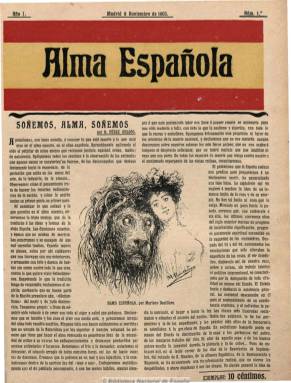
Título: Alma española (Madrid)
Colección: Cultura
Ámbito geográfico: Madrid
Lugar de publicación: Madrid
Fechas: 08/11/1903-30/04/1904

Para Gómez Aparicio (1974) es la revista que representa la “cumbre” o “quintaesencia” de la Generación del 98, que había tenido un antecedente poco antes en la europeísta revista Juventud (1901-1902) y que estará frente al bastión del antimodernismo representado por la fundada por Juan Valero de Tormos (1842-1905) con el título Gente vieja (1900-1904). En la fundación de Alma española intervendrá un “grupo de jóvenes escritores” que “ya habían tomado sus posiciones” y que en esta aventura periodística serán apadrinados por Benito Pérez Galdós (1843-1920), quien escribirá el artículo de presentación en su primera entrega, de ocho de noviembre de 1903, bajo el título “Soñemos, alma, soñemos”. Aparecerá sin indicar nombre de fundador o director, pero Patricia O’Riordan, en el prólogo a la edición facsímil de Alma española, editada en 1978 por Turner, señala que su primer director literario debió ser José Martínez Ruiz (1873-1963), que hasta 1905 no usará el seudónimo Azorín, acompañado, principalmente en esta tarea por Ramiro de Maeztu (1875-1936), Pío Baroja (1872-1956) y Luis Bonafoux (1855-1918), siendo el exdiputado Gabriel Ricardo España quien fuera su financiero y director administrativo, que también editará y dirigirá Revista política parlamentaria (1899-1918).

Si Paniagua (1964) ya había dicho que fue elaborada por unos escritores con unos propósitos claramente regeneracionistas y califica su publicación de “rebelde y liberal”, O’Riordan redunda al describirla con ese propósito regeneracionista, pero añadiendo que fue “una revista de lucha” y “clave para captar la ‘sensibilidad vital’ de la España radical y reformadora en un momento de aguda crisis política e intelectual”, envuelta en esa preocupación que fue típicamente noventayochista, como era el “problema de España”, convertido en el tema central de sus preocupaciones, tal como señalan Seoane y Sáiz (1996). Asimismo, Celma Valero (1991) destaca la “acusada orientación político-social” de sus contenidos. Siendo además una revista redactada por escritores, O’Riordan dirá que pretendió tener “la amenidad y actualidad de una revista ilustrada junto con la intención seria de una revista comprometida”, además de revelar “una orientación significativa que arroja luz sobre el estado inestable de las varias corrientes literarias de la época”.

Lo primero que resalta visualmente de la revista es su cabecera enmarcada en la bandera rojigualda española impresa a dos tintas y una ilustración a todo color de militares en su contraportada, desapareciendo este elemento a partir de su octava entrega, de 27 de diciembre de 1903, y la bicolor en su número 17, de seis de marzo de 1904. Editada en papel de calidad y con una cuidada presentación tipográfica, sus entregas semanales empezaron a ser de doce páginas, compuestas a dos y tres columnas, y junto a sus textos y como “revista ilustrada de tipo completamente original”, como indicará su subtítulo a partir del número 17, inserta fotograbados de actualidad y retratos, de reproducciones artísticas y de dibujos, y entre estos, caricaturas y viñetas humorísticas de carácter político. Sus páginas dan cabida a artículos de política nacional e internacional y de temas sociales y de economía, de literatura, arte, música o filosofía, a crónicas y reportajes, incluso de sucesos, a gacetillas y a alguna necrológica, a la crítica teatral, a una prolongada encuesta y a destacadas secciones, como una autobiográfica, o la dedicada al “alma” de las distintas regiones españolas. Ofrecerá poco espacio a la creación literaria o a la poesía, y bajo sus textos aparecerán los nombres de casi un centenar de escritores, “todos los de la Generación del 98, sin excepción, sus grandes y pequeñas figuras”, dirá Gómez Aparicio.

Entre sus primeros redactores fijos se encuentran los citados Bonafoux y Maeztu, autor este de crónicas políticas o reportajes como el dedicado a Bilbao, con fotografías de Marcoartu; y Martínez Ruiz, que publica artículos de crítica teatral, con dibujos de Sileno; así como Manuel Carretero, que será el autor de un reportaje social titulado Los niños abandonados, ilustrado con fotografías de actualidad de Company; y entre sus colaboradores, Manuel Bueno, Claudio Frollo o Emilio Bobadilla, que firma con el seudónimo Fray Candil, así como Joaquín Dicenta, autor de un reportaje sobre las Minas de Almadén, con fotografías del danés afincando en Madrid Christian Franzen y Nissen (1863-1923). Publicará reportajes, foto-reportajes y crónicas de la guerra ruso-japonesa. Rubén Darío da a luz en sus páginas a Cantos de vida y esperanza. También colaboran Miguel de Unamuno, Ramón María del Valle Inclán, C. Bernaldo de Quirós, Enrique de Mesa, Vicente Pereda, Miguel Sawa, Francisco Acebal o Luis Bello. La escasa poesía que inserta tendrá carácter burlesco, de autores como Juan Pérez Zúñiga, Carlos Luis de Cuenca o Luis de Tapia, pero asimismo aparecen algunos versos de Vicente Medina. Publica un texto de Friedrich Nietzsche y estudios críticos de otros autores extranjeros.

Una de sus principales secciones fue la dedicada a revelar el “alma” de las distintas regiones españoles. Juan Maragall escribirá sobre la catalana; Miguel de Unamuno, sobre la vascongada; Emilia Pardo Bazán, sobre la gallega; José M. Pereda, sobre la montañesa; Santiago Alba, sobre la castellana; Antonio Royo Villanueva, sobre la aragonesa; José Nogales, sobre la andaluza; Vicente Blasco Ibáñez, sobre la valenciana; Francisco Abascal, sobre la asturiana, o Vicente Medina, sobre la murciana. La serie autobiográfica bajo el epígrafe Juventud triunfante –con alguna variación y que Paniagua denomina como la más peculiar-, la inaugura el propio Martínez Ruiz y pasan por ella Valle Inclán, Maeztu, Jacinto Benavente, Alejandro Sawa, Arturo Reyes, José Francos Rodríguez o los hermanos Álvarez Quintero. A esta sección suma otra de Celebridades españolas, con semblanzas de personalidades españolas (escritores, artistas, intelectuales o científicos), con retratos del estudio fotográfico de Franzen.

En la encuesta que comienza a publicar a partir de su segunda entrega, teniendo como eje central las causas del “desastre” del 98 y el “porvenir” de España, intervendrán políticos como Francisco Silvela, Eduardo Dato, Nicolás Salmerón, Álvaro Figueroa (conde de Romanones) o Pablo Iglesias; intelectuales como Joaquín Costa, Francisco Giner de los Ríos, Miguel de Unamuno o Pedro Dorado Montero; escritores como Emilia Pardo Bazán o Vicente Blasco Ibáñez; científicos como Santiago Ramón y Cajal o Leonardo Torres Quevedo; militares como el general José López Domínguez o el almirante José María Beránger; periodistas como José Ortega Munilla o Salvador Canals, o artistas como Mariano Benlliure.

Otras secciones son Visto y leído, en la que se glosan semanarios, siendo su autor José Francés; así como una serie sobre directores de periódicos, dándole sólo tiempo a dedicarla a Miguel Moya y José Ortega y Munilla; y otra de noticias bajo el epígrafe España nueva. También inserta anuncios publicitarios, algunos sobre libros.

Entre sus ilustradores se encuentran los dibujantes Tovar, Sileno, Karikato y F. Verdugo, autores de sus caricaturas políticas y dibujos humorísticos; Sancha Lengo, de unas tiras cómicas; Ricardo Baroja, de unos retratos, y Estevan llevará a cabo dibujos a color, con pies de texto de Gómez Núñez. También llegará a tener una sección dedicada a caricaturas y dibujos humorísticos extranjeros. Entre sus fotógrafos, además de Franzen o Camacho, Company será también  el autor de unos retratos de los “jefes de los partidos” y algunas reproducciones artísticas llevarán la firma de Laurent. Como fotograbador aparece el nombre de A. Ciaran.

En su muy corta e intensa vida, Alma española pasaría por diferentes vicisitudes. Siguiendo el análisis realizado por Celma Valero, a partir de su sexta entrega, de 13 de diciembre de 1903, se irá incorporando la “gente” de la modernista y literaria revista Helios -que sólo iba a tirar once números, desde abril de 1903 a febrero de 1904-, como es el caso del propio Juan Ramón Jiménez, que la había promovido. También se incorporan a partir de ese número Manuel Machado y Jenaro Alas; a partir del número 7, Pío Baroja, Ramón Pérez de Ayala y Alejandro Sawa; en la página 11 del número 8 publicará el programa de la revista; con el número 9 se incorpora Gregorio Martínez Sierra, que se convierte en redactor fijo; y con el número 11 (de 10 de enero de 1904), Jacinto Benavente, así como José Francés, Edmundo Abel, Viriato Díaz Pérez, Santiago Pérez de Triana o Carlos Navarro Lamarca. A partir de esta entrega aumenta hasta las dieciséis páginas.

Desde su décima cuarta entrega, de siete de febrero de 1904, los primitivos colaboradores habituales de Alma española irán abandonado sus páginas al tiempo que en ellas empezarán a predominar sus contenidos literarios. En la entrega 17, de seis de marzo de 1904, que Celma Valero la califica de “transición”, desaparecerá la bandera española de su cabecera y adoptará el subtítulo “revista ilustrada de tipo completamente original”, y hasta la número 20, de 27 de marzo, irán desapareciendo, aunque no del todo, las firmas procedentes de Helios. O’Riordan señala que estos números del 14 a 20 llegan “a ser como una vulgarización” de esta revista. Alma española no aparecerá el tres de abril, y cuando lo haga el dieciséis de ese mes adopta de nuevo la bicolor en su cabecera, aparece por vez primera la indicación de un director, el abogado y ateneísta Alfonso Ruiz de Grijalba, y reaparecen sus escritores primitivos (Maeztu, Bueno, Carretero o Dicenta), pero “ahora más combativos”, adoptando la revista una orientación social y política más radical.

En estas últimas tres entregas (21-23), que de nuevo vuelven a ser de doce páginas, “el tono se hace cada vez más anarquista y anticlerical”, alcanzando la última de ellas “una cima de intensidad, con ataques violentos” contra el entonces presidente del Consejo de Ministros, el conservador Antonio Maura, por los cuales seguramente fue denunciada y tal vez prohibida. En la entrega 22 habían coincidido Unamuno, Baroja, Maeztu, Benavente, Martínez Ruiz, Valle Inclán, Pérez de Ayala, Juan Ramón Jiménez o los hermanos Machado. La 23 y última es de 30 de abril de 1904. Para Gómez Aparicio, Alma española será la última revista “auténtica” de la Generación del 98, dirigida a un amplio público –según Celma Valero- y cuya acogida sería “excelente”. En su cuarta entrega indicó que su tirada alcanzaba los 70.000 ejemplares, y en la décimo cuarta, 60.000, cifras que para O’Riordan deben ser consideradas de “absoluta confianza”. Fue una revista de corta vida, pero que dejaría “una profunda huella”, tal como señaló Paniagua. Además de las referencias bibliográficas citadas, en concreto la de O’Riordan, que publica también unos índices de la revista, se encuentran otras en Guillermo de Torre (1941), García Ochoa y Espegel (1988), Mainer (1999) y Rodríguez Moranta (2013).